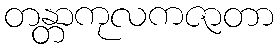
တန္တာကုလကဇာတာ